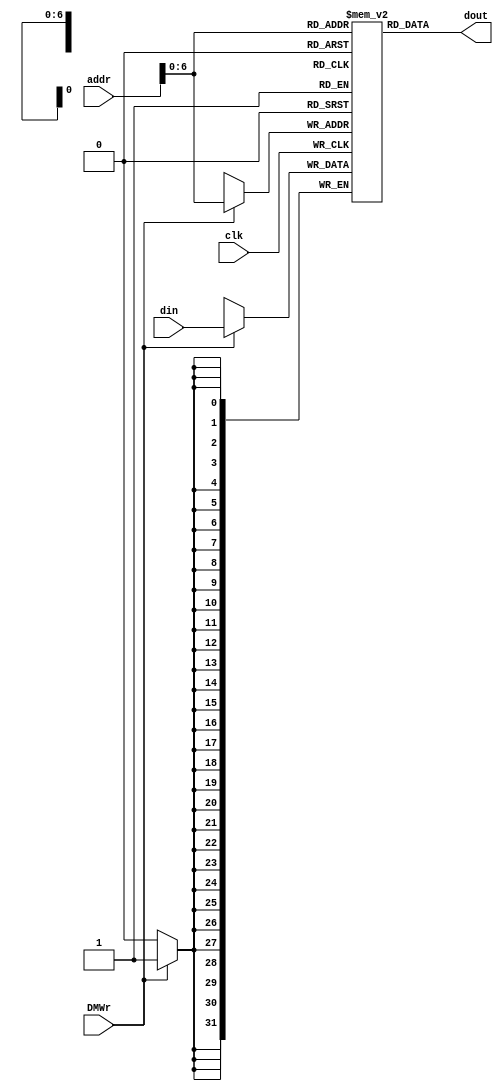
module dm_4k( addr, din, DMWr, clk, dout );
   
   input  [11:2] addr;
   input  [31:0] din;
   input         DMWr;
   input         clk;
   output [31:0] dout;
     
   reg [31:0] dmem[127:0];
   
   always @(posedge clk) begin
      if (DMWr)
         dmem[addr] <= din;
   end // end always
   
   assign dout = dmem[addr];
    
endmodule